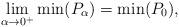
LaTeX: \begin{align*}\lim_{\alpha\rightarrow 0^+}\min(P_\alpha)=\min(P_0),\end{align*}